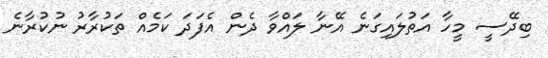
ބިދޭސީ މީހާ އަތުލައިގަނެ އޭނާ ލައްވާ ދެން އެފަދަ ކަމެއް ތަކުރާރު ނުކުރާނެ